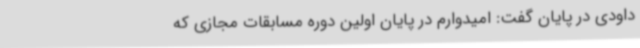
داودی در پایان گفت: امیدوارم در پایان اولین دوره مسابقات مجازی که